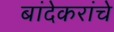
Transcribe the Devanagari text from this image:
बांदेकरांचे